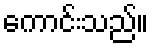
ကောင်းသည်။